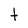
Character: t